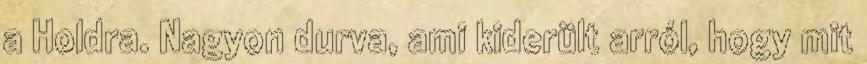
a Holdra. Nagyon durva, ami kiderült arról, hogy mit